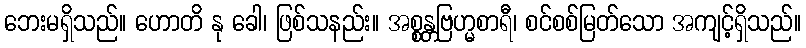
ဘေးမရှိသည်။ ဟောတိ နု ခေါ၊ ဖြစ်သနည်း။ အစ္စန္တဗြဟ္မစာရီ၊ စင်စစ်မြတ်သော အကျင့်ရှိသည်။